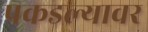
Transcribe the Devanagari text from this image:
पकडल्यावर